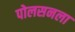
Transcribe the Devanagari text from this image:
पोलसनला